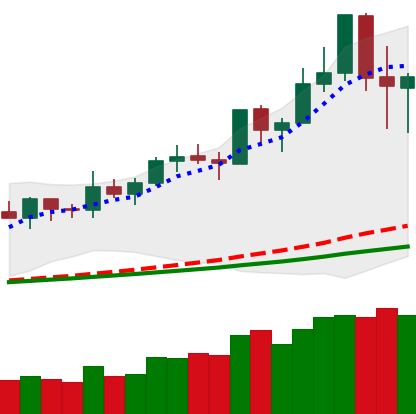
Ticker: NEO-USD
Chart end date: 2020-02-17
Forward return: -8.184%
Label: down_7plus